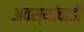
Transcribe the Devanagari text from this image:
अवस्थांचाही